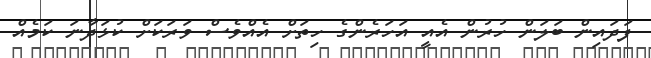
ފަދައިން ބަލަން ހުރުން އެއީ އަހަރެންގެ ހިތަށް އެއްވެސް ވަރަކަށް ކުޅަދާނަ ކަމެއް